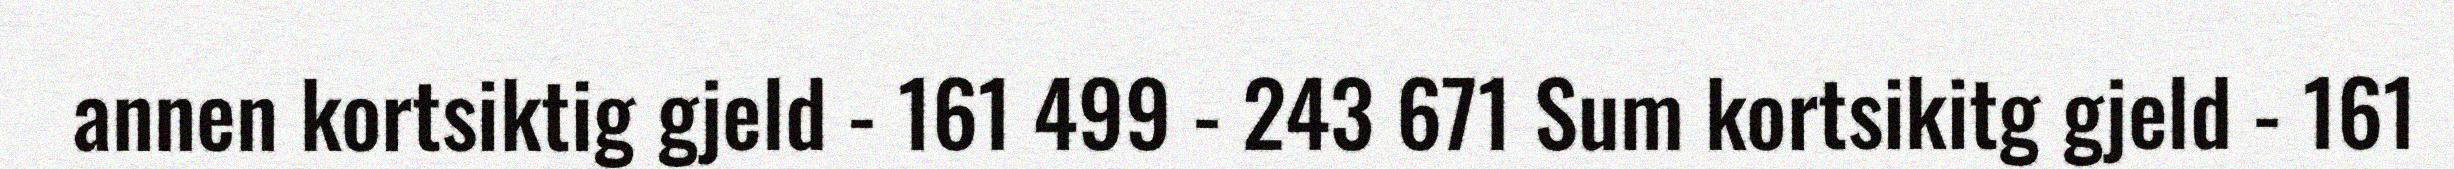
annen kortsiktig gjeld - 161 499 - 243 671 Sum kortsikitg gjeld - 161